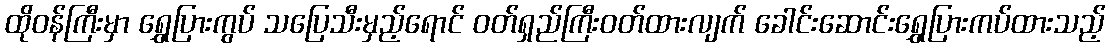
ထိုဝန်ကြီးမှာ ရွှေပြားကွပ် သပြေသီးမှည့်ရောင် ဝတ်ရှည်ကြီးဝတ်ထားလျက် ခေါင်းဆောင်းရွှေပြားကပ်ထားသည့်